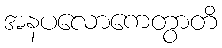
အနပလောကေတွာတိ